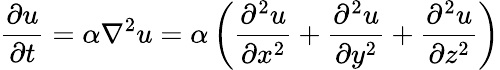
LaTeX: {\frac{\partial u}{\partial t}}=\alpha\nabla^{2}u=\alpha\left({\frac{\partial^{2}u}{\partial x^{2}}}+{\frac{\partial^{2}u}{\partial y^{2}}}+{\frac{\partial^{2}u}{\partial z^{2}}}\right)